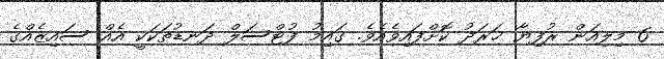
6 މިލިއަން ރުފިޔާ ޚަރަދު ކޮށްފައިވެއެވެ. ގައިމު ފުޓްސަލް ދަނޑުތަކަކީ އެއް ސައިޒެއްގެ